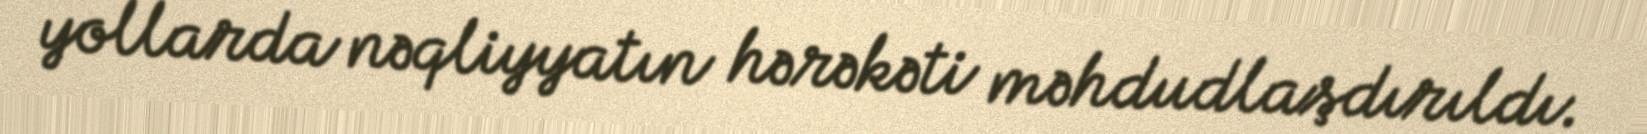
yollarda nəqliyyatın hərəkəti məhdudlaşdırıldı.